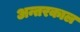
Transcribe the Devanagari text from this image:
अन्तरकाल